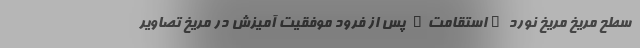
سطح مریخ مریخ نورد "استقامت" پس از فرود موفقیت آمیزش در مریخ تصاویر